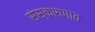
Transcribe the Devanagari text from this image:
संस्करणात